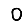
Digit: 0